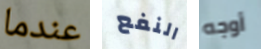
عندما النفع أوجه